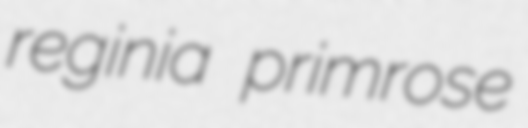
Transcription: reginia primrose